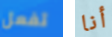
تفعل أنا